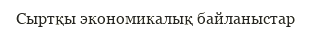
Сыртқы экономикалық байланыстар